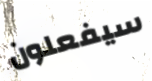
سيفعلون